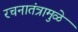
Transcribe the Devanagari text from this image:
रचनातंत्रामुळे